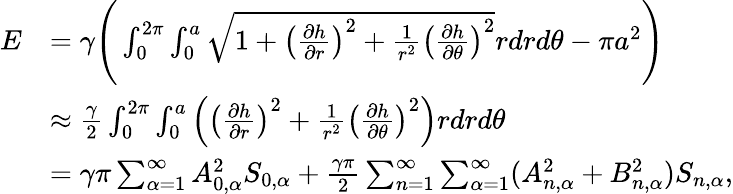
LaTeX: \begin{array}{rl}{E}&{=\gamma\Bigg(\int_{0}^{2\pi}\int_{0}^{a}\sqrt{1+\left(\frac{\partial h}{\partial r}\right)^{2}+\frac{1}{r^{2}}\left(\frac{\partial h}{\partial\theta}\right)^{2}}rdrd\theta-\pi a^{2}\Bigg)}\\ &{\approx\frac{\gamma}{2}\int_{0}^{2\pi}\int_{0}^{a}\left(\left(\frac{\partial h}{\partial r}\right)^{2}+\frac{1}{r^{2}}\left(\frac{\partial h}{\partial\theta}\right)^{2}\right)rdrd\theta}\\ &{=\gamma\pi\sum_{\alpha=1}^{\infty}A_{0,\alpha}^{2}S_{0,\alpha}+\frac{\gamma\pi}{2}\sum_{n=1}^{\infty}\sum_{\alpha=1}^{\infty}(A_{n,\alpha}^{2}+B_{n,\alpha}^{2})S_{n,\alpha},}\end{array}